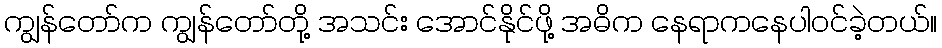
ကျွန်တော်က ကျွန်တော်တို့ အသင်း အောင်နိုင်ဖို့ အဓိက နေရာကနေပါဝင်ခဲ့တယ်။